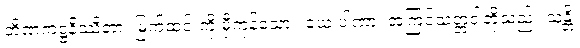
တိဏကဋ္ဌနိဿိတာ၊ မြက်ထင်းကို မှီကုန်သော။ ယေ ပါဏာ၊ အကြင်သတ္တဝါတို့သည်။ သန္တိ၊